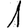
Digit: 1